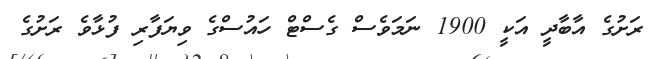
ރަށުގެ އާބާދީ އަކީ 1900 ނަމަވެސް ގެސްޓް ހައުސްގެ ވިޔަފާރި ފުޅާވެ ރަށުގެ